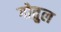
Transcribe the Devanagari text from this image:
गोतुल